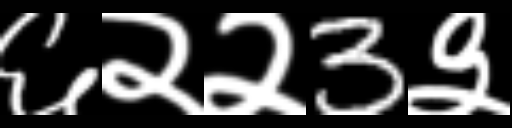
Text: ६२२3३